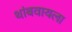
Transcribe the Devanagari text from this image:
थांबवायला